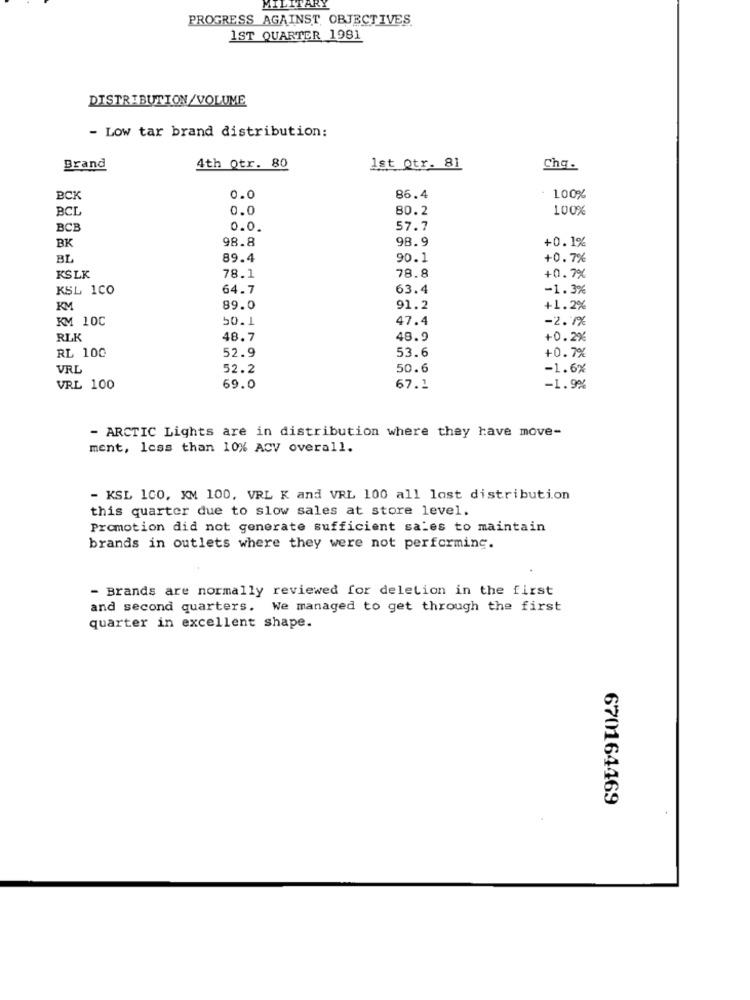
MILITA
PROGRESS AGAINST OBJECTIVES
1ST QUARTER 1981
DISTRIBUTION/VOLUME
- Low tar brand distribution:
Brand
4th Otr. 80
1st Qtr. 81
Chq.
BCK
0.0
86.4
100%
BCL
0.0
80.2
100%
BCB
0.0
57.7
BK
98.8
98.9
+0.1%
BL
89.4
90.1
+0.7%
78.8
KSLK
78.1
+0.7%
KSL 1CO
64.7
63.4
-1.3%
KM
89.0
91.2
+1.2%
KM 10C
50.1
47.4
-2.7%
RLK
48.7
48.9
+0.2%
RL 100
52.9
53.6
+0.7%
VRL
52.2
50.6
-1.6%
VRL 100
69.0
67.1
-1.9%
- ARCTIC Lights are in distribution where they have move-
ment, less than 10% ACV overall.
- KSL 1CO, KM 100, VRL K and VRL 100 all lost distribution
this quarter due to slow sales at store level.
Promotion did not generate sufficient sales to maintain
brands in outlets where they were not performing.
- Brands are normally reviewed for deletion in the first
and second quarters. We managed to get through the first
quarter in excellent shape.
670164469